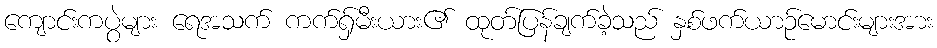
ကျောင်းကပွဲများ ရေအသက် ကက်ရှ်မီးယား၏ ထုတ်ပြန်ချက်ခဲ့သည် နှစ်ဖက်ယာဉ်မောင်းများအား